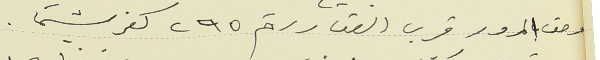
وحق المرور قرب العقار رقم ٢٩٥ كفرشيما.